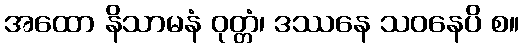
အထော နိသာမနံ ဝုတ္တံ၊ ဒဿနေ သဝနေပိ စ။